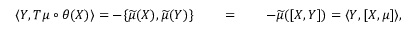
\langle Y , T \mu \circ \theta ( X ) \rangle = - \{ \widetilde { \mu } ( X ) , \widetilde { \mu } ( Y ) \} \qquad = \qquad - \widetilde { \mu } ( [ X , Y ] ) = \langle Y , [ X , \mu ] \rangle ,